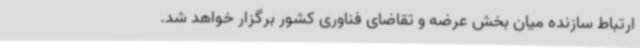
ارتباط سازنده میان بخش عرضه و تقاضای فناوری کشور برگزار خواهد شد.